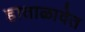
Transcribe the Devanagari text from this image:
हाताळावेत